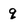
Character: q